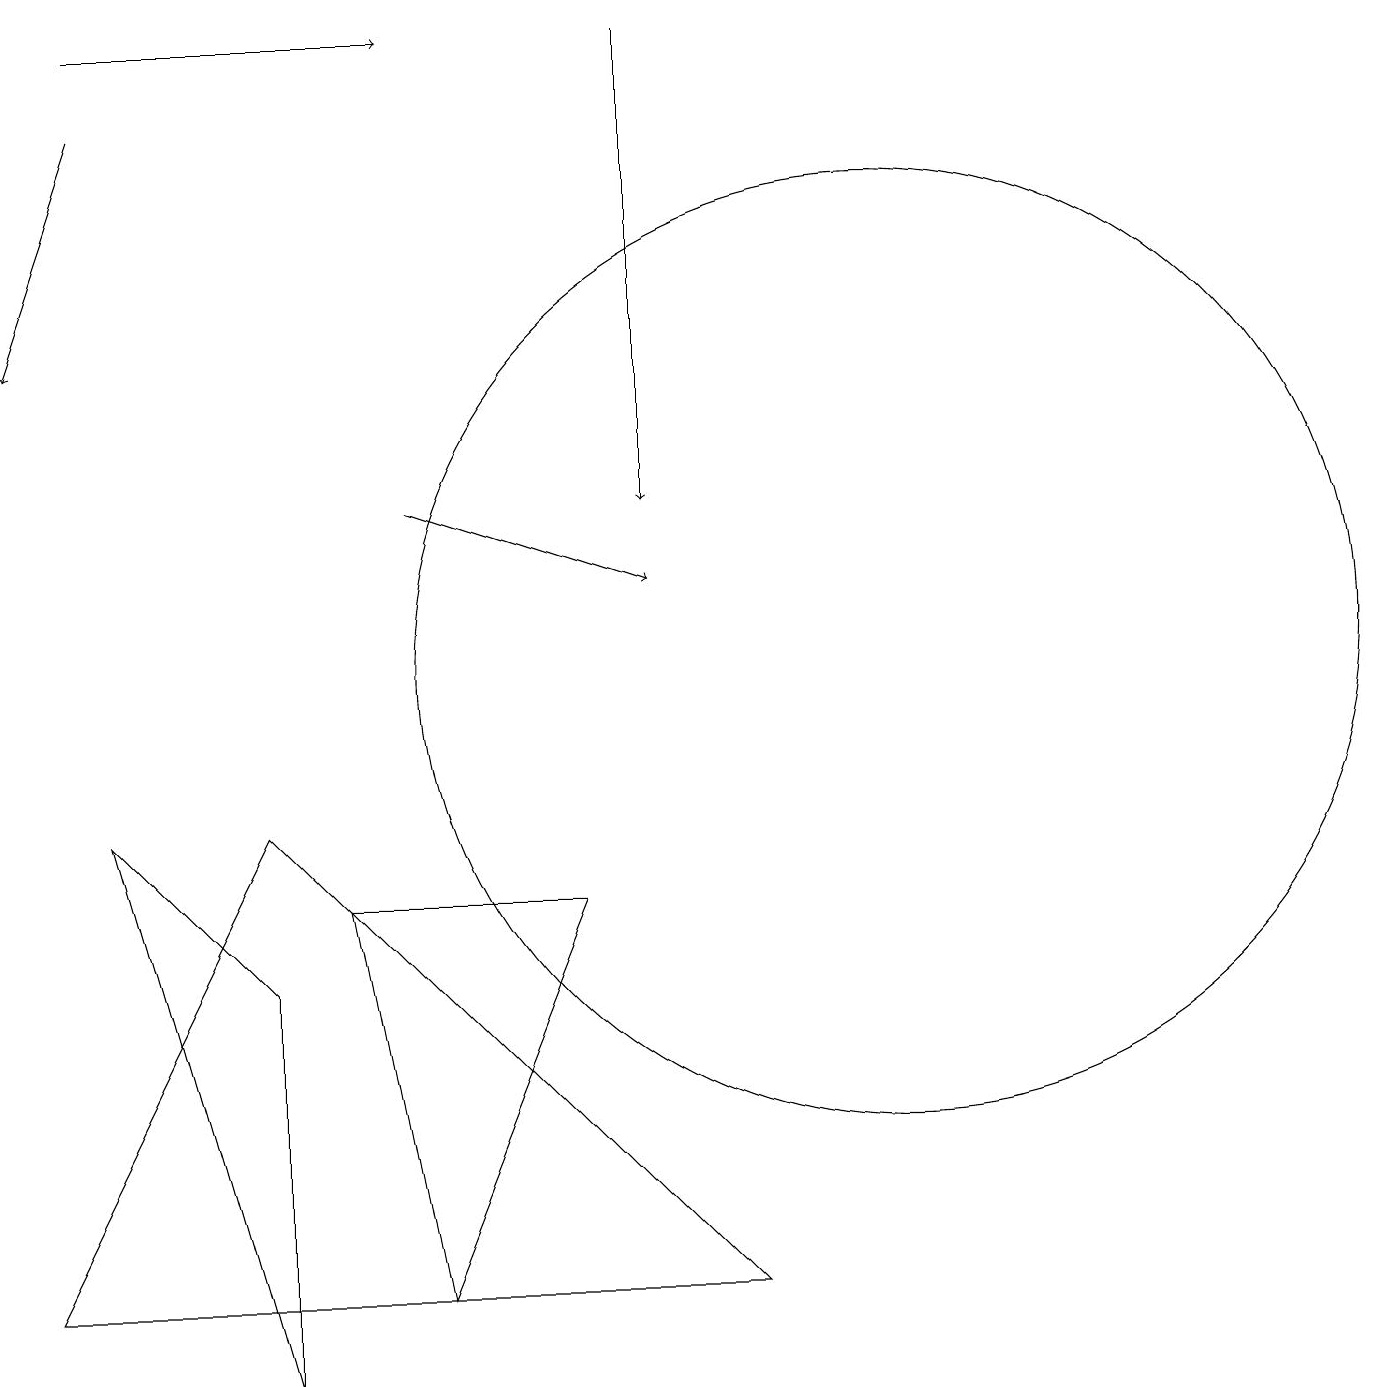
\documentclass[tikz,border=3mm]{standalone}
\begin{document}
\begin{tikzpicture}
\draw (4,7) -- (7,7) -- (5,2) -- cycle;
\draw[->] (8,18) -- (8,12);
\draw[->] (5,12) -- (8,11);
\draw (11,10) circle (6);
\draw[->] (1,17) -- (0,14);
\draw (0,2) -- (3,8) -- (9,2) -- cycle;
\draw[->] (1,18) -- (5,18);
\draw (3,6) -- (3,1) -- (1,8) -- cycle;
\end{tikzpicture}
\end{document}